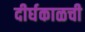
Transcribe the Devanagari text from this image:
दीर्घकाळची